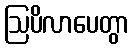
ဩပိလာပေတွာ